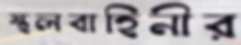
স্থলবাহিনীর